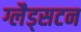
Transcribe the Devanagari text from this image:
ग्लैड्सटन